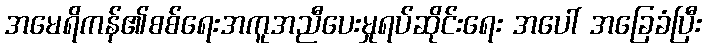
အမေရိကန်၏စစ်ရေးအကူအညီပေးမှုရပ်ဆိုင်းရေး အပေါ် အခြေခံပြီး